Lunatic asylums Punjab 1868-1880 - 1868-1880
Year: 1868
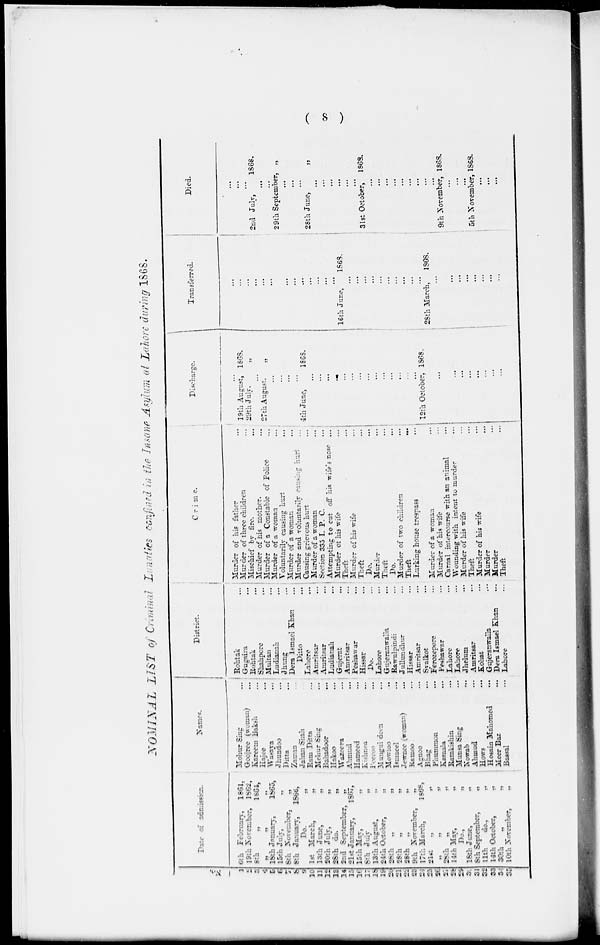
( 8 )
NOMINAL LIST of Criminal Lunatics confined in the Insane Asylum at Lahore during 1868.
No.
1
2
3
4
5
6
7
8
9
10
11
12
13
14
15
16
17
18
19
20
21
22
23
24
25
26
27
28
29
30
31
32
33
34
35
Date of admission.
6th February, 1861.
19th November, 1862,
8th
„
1864,
„ „ „
18th January,
1865,
15th July,
„
8th November,
„
8th January,
1866,
Do.
„
1st March,
„
13th June,
„
20th July,
„
28th
do.
„
2nd September,
„
21st January,
1867,
15th May,
„
8th July
„
13th August,
„
24th October,
„
28th
„
„
28th „
„
28th „
„
9th
November, „
17th March,
1868,
21st
„
„
„ „ „
28th
„
„
14th May,
„
Do.,
„
18th June,
„
8th September,
„
11th
do.,
„
14th October,
„
30th
„
„
10th November,
„
Names.
Mohur Sing
...
Goojree (woman)
...
Kareem Baksh
...
Hajee
...
Wasaya
...
Jhundoo
...
Ditta
...
Zaman ...
Jahan Shan ...
Ram Ditta
...
Mehur Sing
...
Bahadoor
...
Hakoo
...
Wazeera
...
Ahmud
...
Hameed
...
Kishnea ...
Peeroo ...
Mungui deen
Mowloo
Ismaeel
...
Jewnee (woman) ...
Ramoo ...
Agnoo ...
Bhag
...
Phummoa
...
Kamala ...
Ramkishin ...
Munsa Sing ...
Kowab
...
Ahmud
...
Hows
Hosain Mahomed ...
Meer Baz ...
Bassal ...
District.
Rohtak ...
Gugaira ...
Rohtak ...
Shahpore ...
Multan ...
Ludianah ...
Jhung
...
Dera Ismael Khan
...
Ditto
...
Lahore ...
Amritsar
...
Amritsar ...
Ludianah
...
Gujerat
...
Amritsar
...
Peshawar
...
Hissar ...
Do. ...
Lahore ...
Gujeranwalia ...
Rawulpindi ...
Jullundhur
...
Hissar ...
Amritsar
...
Syalkot
...
Ferozepore ...
Peshawar ...
Lahore ...
Lahore ...
Jhelum ...
Amritsar ...
Kohat ...
Gajeranwalla ...
Dera Ismael Khan
...
Lahore ...
Crime.
Murder of his father ...
Murder of three children ...
Mischief by
fire.
...
Murder of his mother.
...
Murder of a Constable of Police ...
Murder of a woman ...
Voluntarily causing hurt ...
Murder of a woman
Murder and voluntarily causing hurt ...
Causing grierous hurt ...
Murder of a woman
...
Section 335 L. P. C.
Attempting to cut off his wife's nose ...
Murder of his wife ...
Theft ...
Murder of his wife
Theft ...
Do. ...
Murder ...
Theft ...
Do. ...
Murder of two children ...
Theft
...
Lurking house trespass ...
...
Murder of a woman ...
Murder of his wife ...
Carnal intercourse with an animal ...
Wounding with intent to murder ...
Murder of his wife ...
Theft ...
Murder of his wife ...
Murder ...
Murder ...
Theft ...
Discharge.
...
19th August, 1868.
29th July.
„
...
27th August, „
...
...
...
...
4th June,
1868.
...
...
...
...
...
...
...
...
...
...
...
...
...
...
12th October, 1868.
...
...
...
...
...
...
...
...
...
Transferred.
...
...
...
...
...
...
...
...
...
...
...
...
...
...
16th June,
1868.
...
...
...
...
...
...
...
...
...
...
28th March, 1868.
...
...
...
...
...
...
...
...
...
Died.
...
...
...
2nd July,
1868.
...
...
29th September, „
...
...
...
28th June,
„
...
...
...
...
...
...
31st October, 1868.
...
...
...
...
...
...
...
...
...
9th November, 1868.
...
...
...
5th November, 1868.
...
...
...